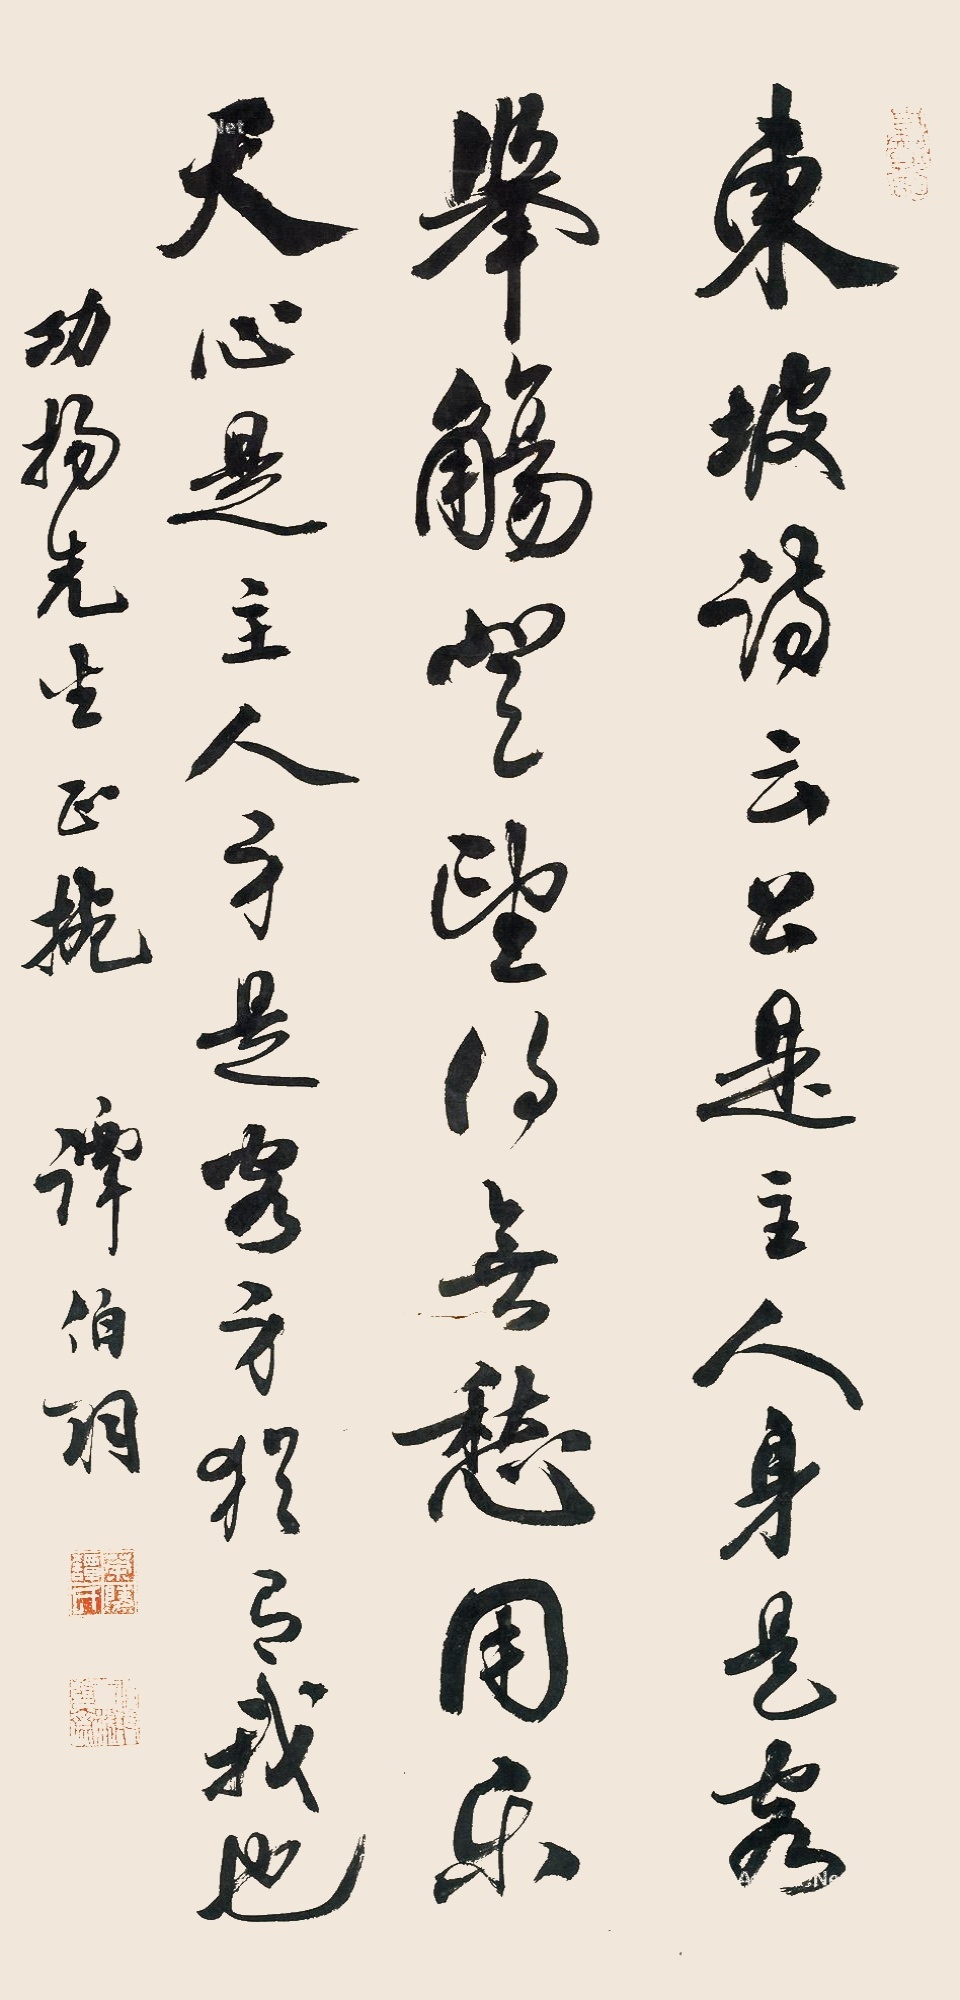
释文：东坡诗云：“公是主人身是客，举觞登望得无愁。”用乐天“心是主人身是客。”犹有我也。功扬先生正腕。谭伯羽。